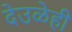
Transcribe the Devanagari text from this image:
देउळेही